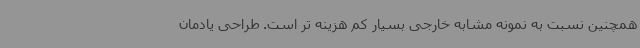
همچنین نسبت به نمونه مشابه خارجی بسیار کم هزینه تر است. طراحی یادمان